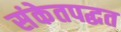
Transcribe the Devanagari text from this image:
संकेतपद्धत